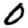
Digit: 0